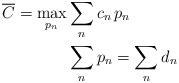
LaTeX: \begin{align*}\overline{C} = \max_{p_n} & \sum_{n} c_{n} \, p_{n} \\ & \sum_n p_n = \sum_n d_n \end{align*}